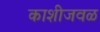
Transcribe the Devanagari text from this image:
काशीजवळ